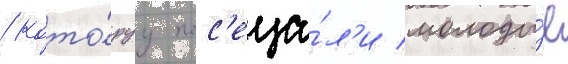
/ кото́руу пос'еща́л'и молоды́е